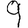
Digit: 9